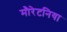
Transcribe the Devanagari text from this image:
मौरेटनिया